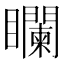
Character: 𥌻